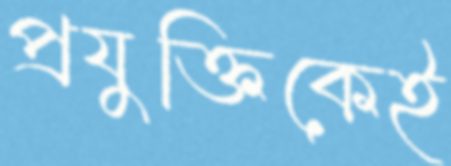
প্রযুক্তিকেই